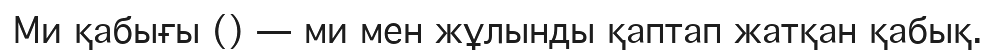
Ми қабығы () — ми мен жұлынды қаптап жатқан қабық.